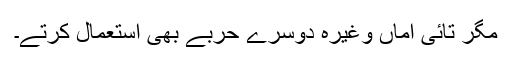
مگر تائی اماں وغیرہ دوسرے حربے بھی استعمال کرتے۔